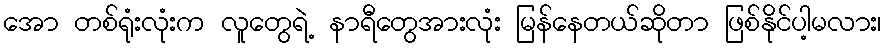
အော တစ်ရုံးလုံးက လူတွေရဲ့ နာရီတွေအားလုံး မြန်နေတယ်ဆိုတာ ဖြစ်နိုင်ပါ့မလား၊